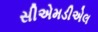
સીએમડીએલ